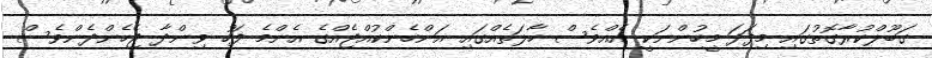
ގަބޫލްކުރާގޮތުގައި މިފަދަ މީހުންނަކީ އެއްވެސް ހާލަތެއްގައި އަންހެންކުއްޖެއްގެ އެންމެ ފަހު ވިންދާ ޖެހެންދެންވެސް